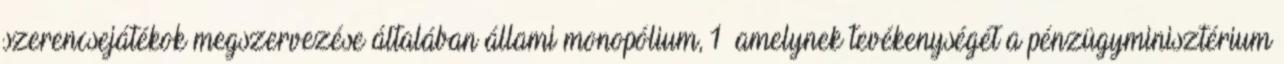
szerencsejátékok megszervezése általában állami monopólium, 1 amelynek tevékenységét a pénzügyminisztérium